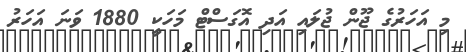
މި އަހަރުގެ ޖޫން ޖުލައި އަދި އޮގަސްޓް މަހަކީ 1880 ވަނަ އަހަރު